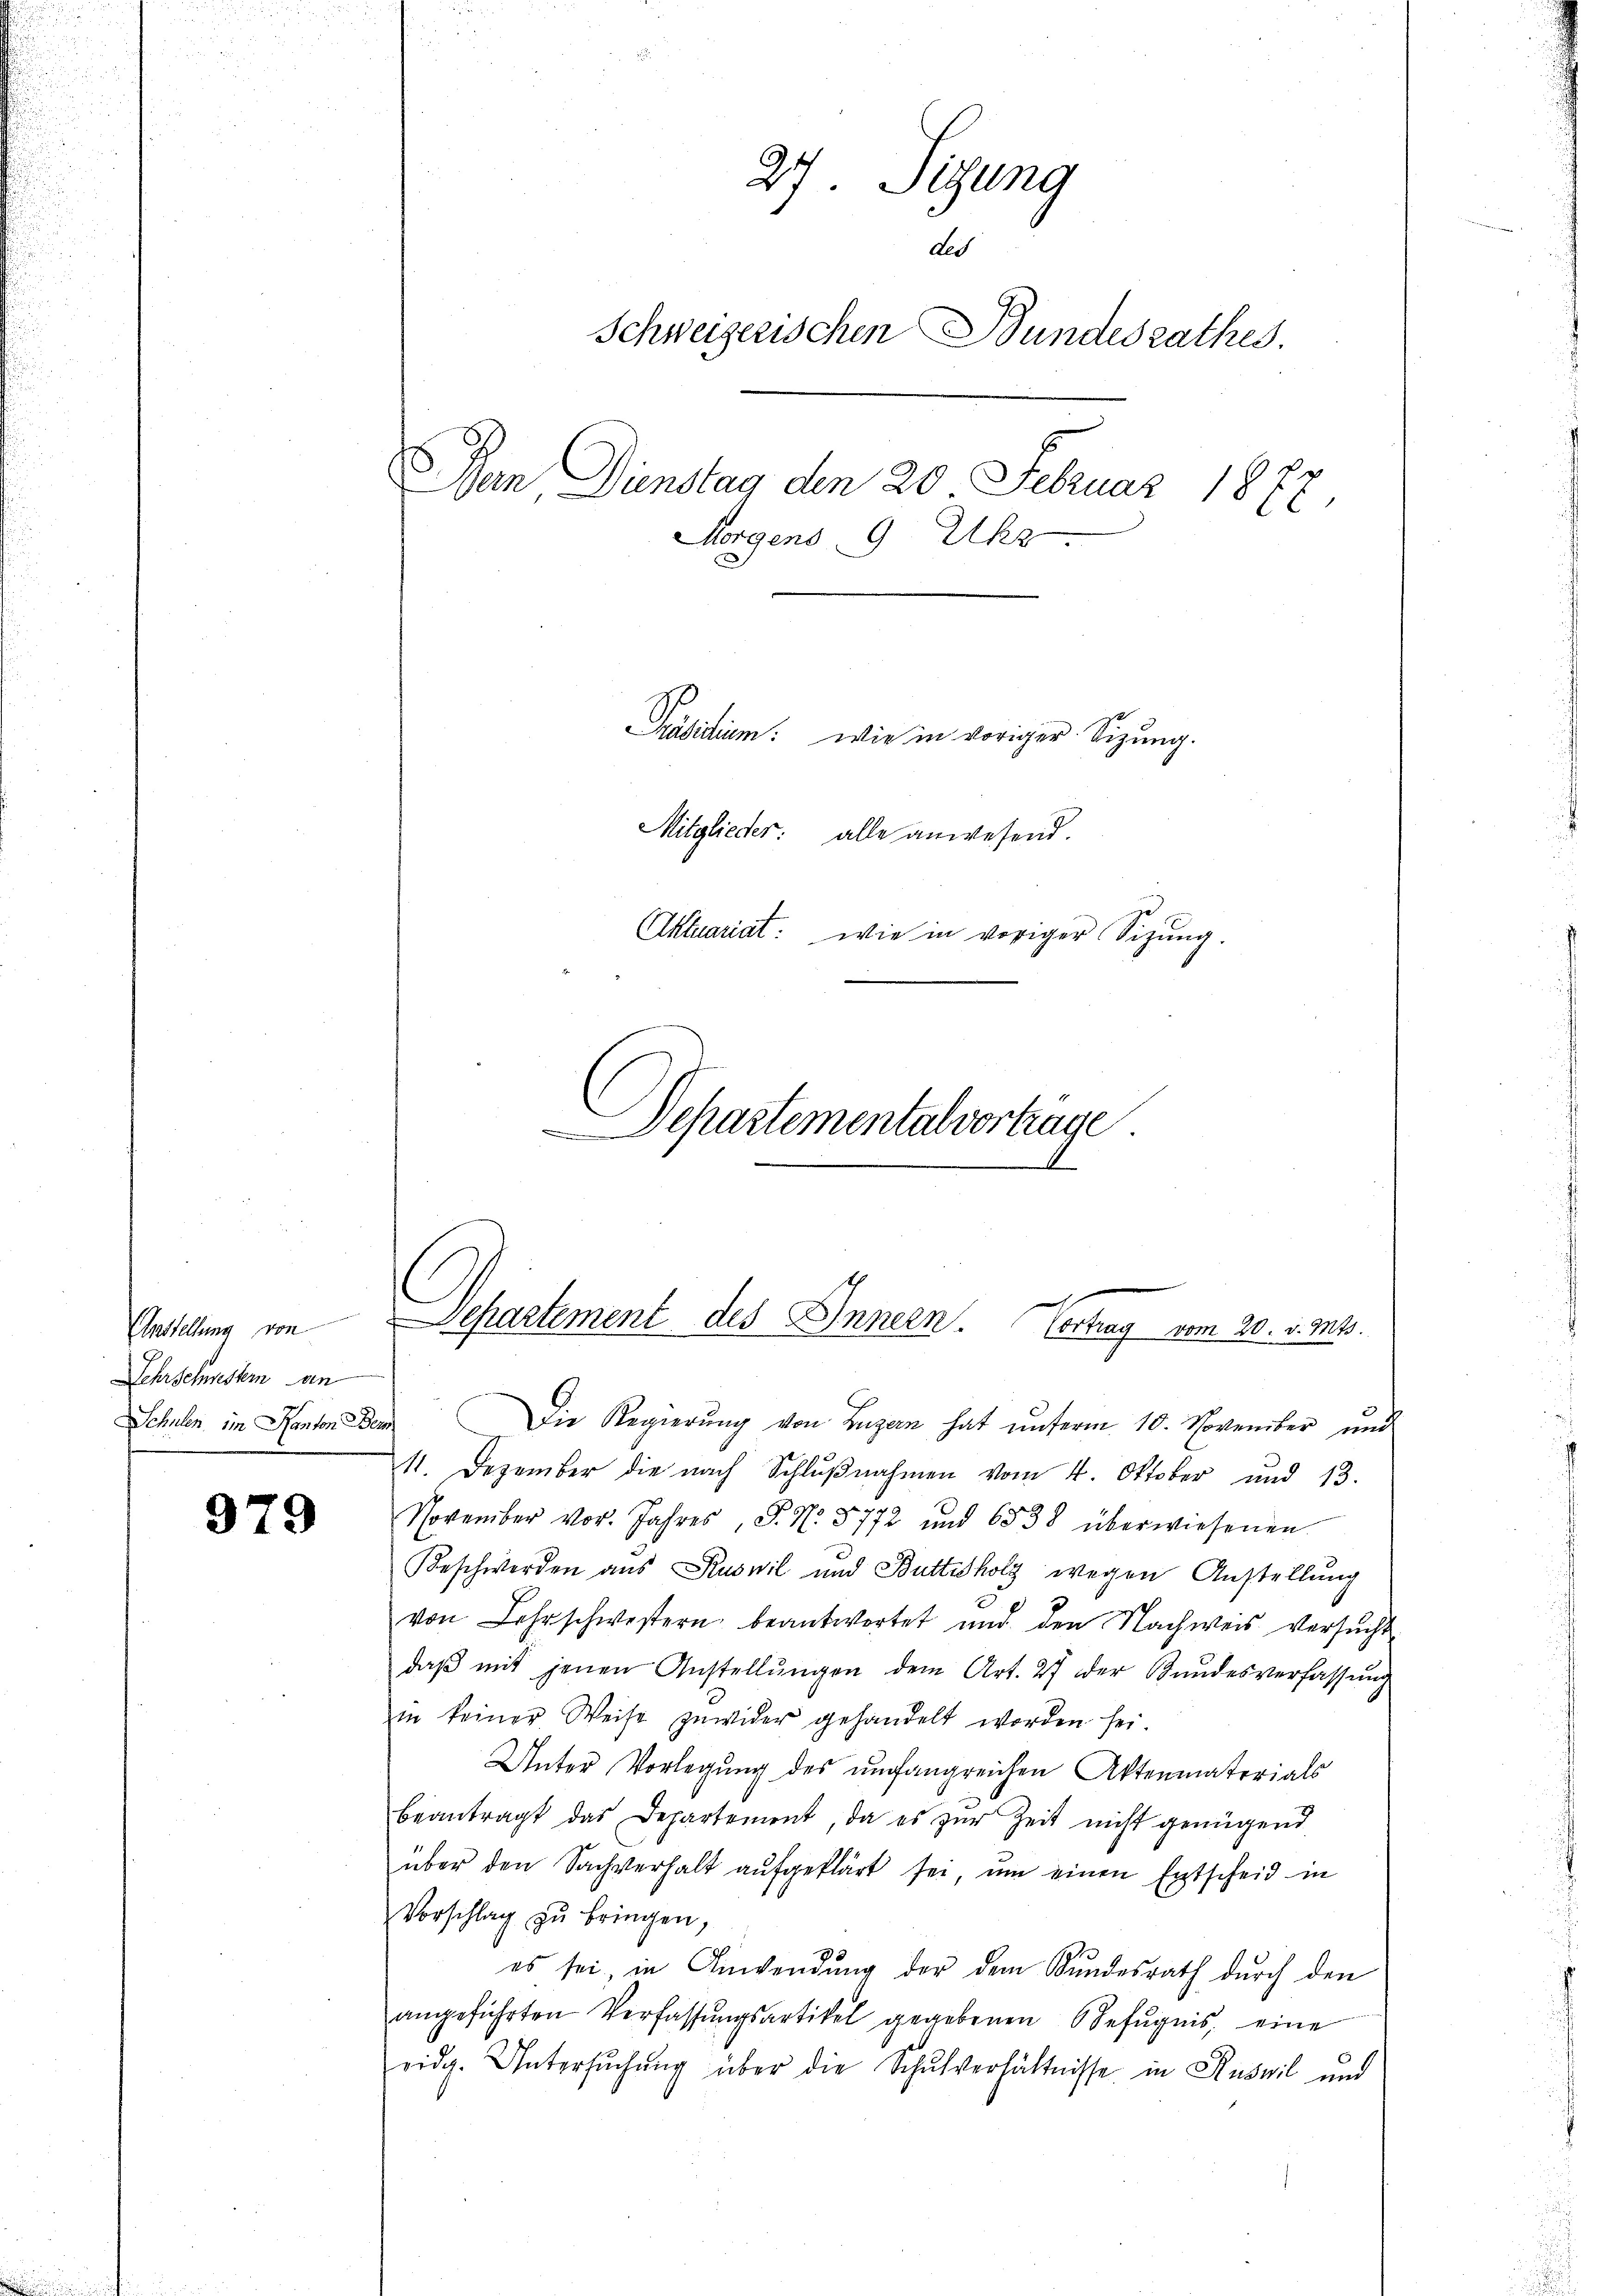
Amstellung von
Lehrschwestern an

979

27. Sitzung
Led
Schweizerischen Bundesrathes.
Dan Dienstag den 20. Februar 18
0
Morgens 9 Uhr
Präsidium: wie in voriger Sizung.
Mitglieder: alle anwesend.
Aktuariat: wie in voriger Sitzŭng.
Departemental vortrage

1

Departement des Innern. Vortrag vom 20. v. Mts.

Schulen im Kanton Dem Die Regierŭng von Luzern hat ŭnterm 10. November und
11. Dezember die nach Schlŭβnahmen vom 4. Oktober und 13.
November vor. Jahres, P. Nr. 5772 und 6838 überwiesenen
Beschwerden aus Ruswil und Buttisholz wegen Anstellung
von Lehrschwestern beantwortet und den Nachweis versŭcht
daβ mit jenen Anstellŭngen dem Art. 27 der Bŭndesverfassŭng
in keiner Weise zuwider gehandelt worden sei.
Unter Vorlegung des umfangreichen Aktenmaterials
beantragt das Departement, da es zur Zeit nicht genügend
über den Sachverhalt aŭfgeklärt sei, um einen Entscheid in
Vorschlag zŭ bringen,
es sei, in Anwendung der dem Kundesrath durch den
angeführten Verfassungsartikel gegebenen Befugnis, eine
eidg. Untersŭchŭng über die Schulverhältnisse in Ruswil und